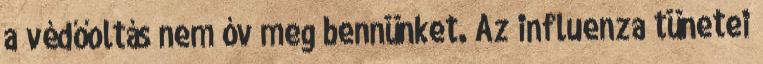
a védőoltás nem óv meg bennünket. Az influenza tünetei